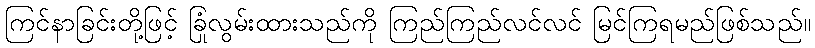
ကြင်နာခြင်းတို့ဖြင့် ခြုံလွမ်းထားသည်ကို ကြည်ကြည်လင်လင် မြင်ကြရမည်ဖြစ်သည်။